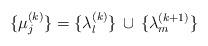
LaTeX: \begin{align*}\lbrace\mu_j^{(k)}\rbrace=\lbrace\lambda_l^{(k)}\rbrace\,\cup\,\lbrace\lambda_m^{(k+1)}\rbrace\end{align*}